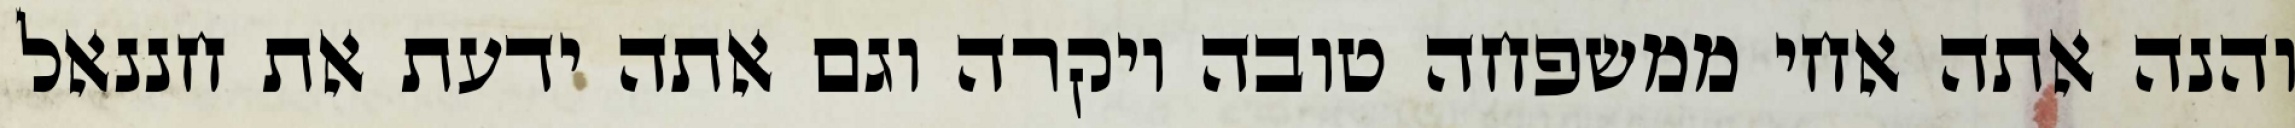
והנה אתה אחי ממשפחה טובה ויקרה וגם אתה ידעת את חננאל